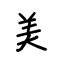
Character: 美